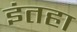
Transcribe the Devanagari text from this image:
इंतहा